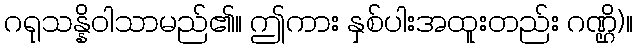
ဂရုသန္နိဝါသာမည်၏။ ဤကား နှစ်ပါးအထူးတည်း ဂဏ္ဌိ)။